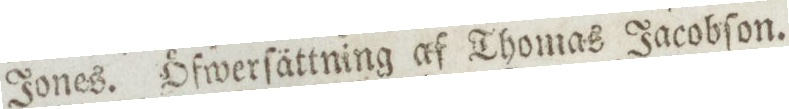
Jones. öfwerſättning af Thomas Jacobſon.